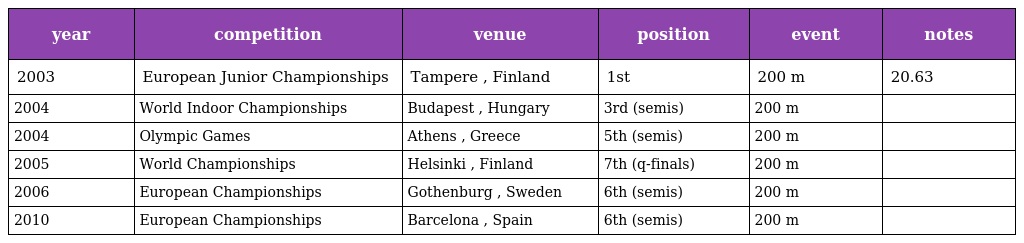
| year | competition | venue | position | event | notes |
 | --- | --- | --- | --- | --- | --- |
 | 2003 | European Junior Championships | Tampere , Finland | 1st | 200 m | 20.63 |
 | 2004 | World Indoor Championships | Budapest , Hungary | 3rd (semis) | 200 m |  |
 | 2004 | Olympic Games | Athens , Greece | 5th (semis) | 200 m |  |
 | 2005 | World Championships | Helsinki , Finland | 7th (q-finals) | 200 m |  |
 | 2006 | European Championships | Gothenburg , Sweden | 6th (semis) | 200 m |  |
 | 2010 | European Championships | Barcelona , Spain | 6th (semis) | 200 m |  |